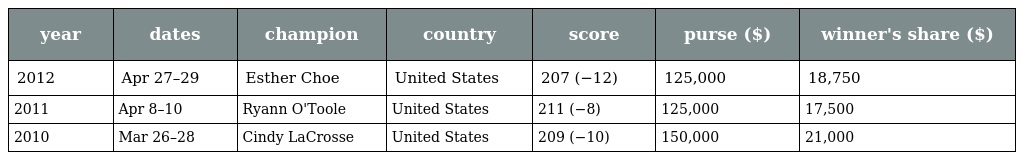
| year | dates | champion | country | score | purse ($) | winner's share ($) |
 | --- | --- | --- | --- | --- | --- | --- |
 | 2012 | Apr 27–29 | Esther Choe | United States | 207 (−12) | 125,000 | 18,750 |
 | 2011 | Apr 8–10 | Ryann O'Toole | United States | 211 (−8) | 125,000 | 17,500 |
 | 2010 | Mar 26–28 | Cindy LaCrosse | United States | 209 (−10) | 150,000 | 21,000 |